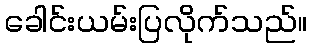
ခေါင်းယမ်းပြလိုက်သည်။